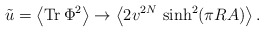
\begin{align*}\tilde{u}=\left< {\rm Tr}\,\Phi^2\right>\rightarrow \left<2 v^{2N}\,\sinh^2(\pi R A)\right>.\end{align*}